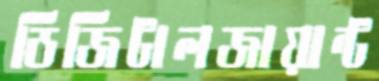
ডিজিটালজায়ান্ট